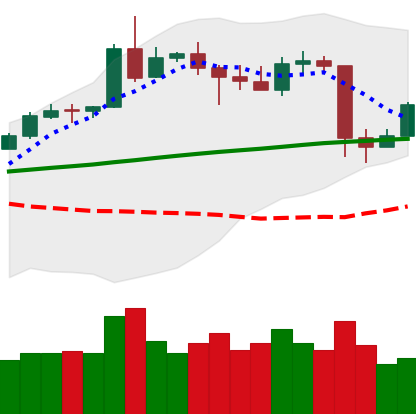
Ticker: ETH-USD
Chart end date: 2020-05-13
Forward return: 7.697%
Label: up_7plus